Indian journal of veterinary science and animal husbandry - Volume 10,
Year: 1940
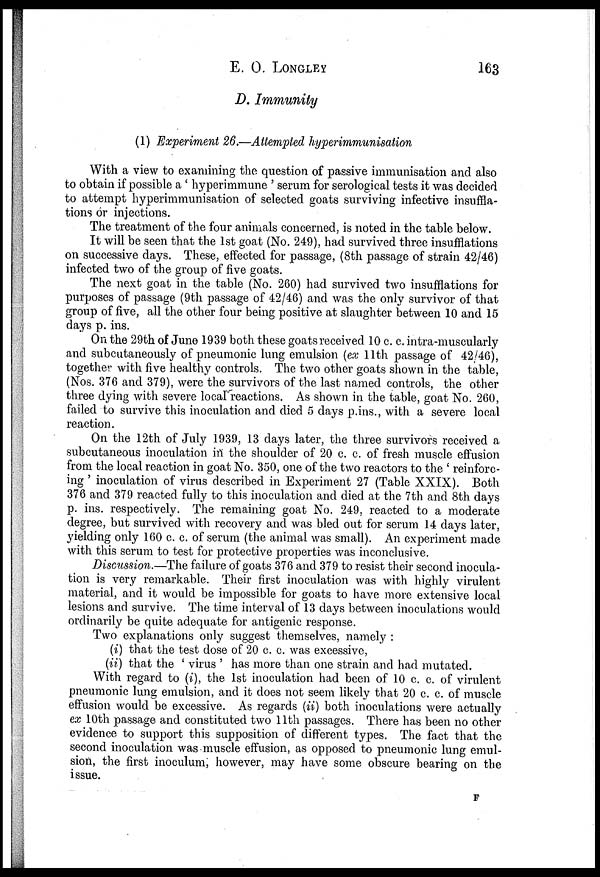
E.
O.
LONGLEY
163
D. Immunity
(1) Experiment 26.—Attempted hyperimmunisation
With a view to examining the question of passive immunisation and also
to obtain if possible a ' hyperimmune ' serum for serological tests it was decided
to attempt hyperimmunisation of selected goats surviving infective insuffla-
tions or injections.
The treatment of the four animals concerned, is noted in the table below.
It will be seen that the 1st goat (No. 249), had survived three insufflations
on successive days. These, effected for passage, (8th passage of strain 42/46)
infected two of the group of five goats.
The next goat in the table (No. 260) had survived two insufflations for
purposes of passage (9th passage of 42/46) and was the only survivor of that
group of five, all the other four being positive at slaughter between 10 and 15
days p. ins.
On the 29th of June 1939 both these goats received 10 c. c. intra-muscularly
and subcutaneously of pneumonic lung emulsion (ex 11th passage of 42/46),
together with five healthy controls. The two other goats shown in the table,
(Nos. 376 and 379), were the survivors of the last named controls, the other
three dying with severe local reactions. As shown in the table, goat No. 260,
failed to survive this inoculation and died 5 days p.ins., with a severe local
reaction.
On the 12th of July 1939, 13 days later, the three survivors received a
subcutaneous inoculation in the shoulder of 20 c. c. of fresh muscle effusion
from the local reaction in goat No. 350, one of the two reactors to the ' reinforc-
ing ' inoculation of virus described in Experiment 27 (Table XXIX). Both
376 and 379 reacted fully to this inoculation and died at the 7th and 8th days
p. ins. respectively. The remaining goat No. 249, reacted to a moderate
degree, but survived with recovery and was bled out for serum 14 days later,
yielding only 160 c. c. of serum (the animal was small). An experiment made
with this serum to test for protective properties was inconclusive.
Discussion.—The failure of goats 376 and 379 to resist their second inocula-
tion is very remarkable. Their first inoculation was with highly virulent
material, and it would be impossible for goats to have more extensive local
lesions and survive. The time interval of 13 days between inoculations would
ordinarily be quite adequate for antigenic response.
Two explanations only suggest themselves, namely :
(i) that the test dose of 20 c. c. was excessive,
(ii) that the ' virus ' has more than one strain and had mutated.
With regard to (i), the 1st inoculation had been of 10 c. c. of virulent
pneumonic lung emulsion, and it does not seem likely that 20 c. c. of muscle
effusion would be excessive. As regards (ii) both inoculations were actually
ex 10th passage and constituted two 11th passages. There has been no other
evidence to support this supposition of different types. The fact that the
second inoculation was muscle effusion, as opposed to pneumonic lung emul-
sion, the first inoculum, however, may have some obscure bearing on the
issue.
F